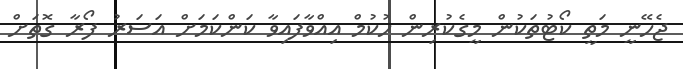
ޖެހޭނީ މަތީ ކޯޓުތަކުން މީގެކުރިން ހުކުމް އިއްވާފައިވާ ކަންކަމަށް އަސަރު ފޯރާ ގޮތަށް